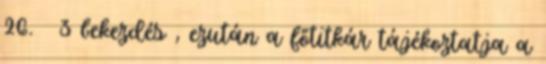
26. § 3 bekezdés , ezután a főtitkár tájékoztatja a